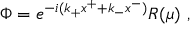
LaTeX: \Phi = e ^ { - i ( k _ { + } x ^ { + } + k _ { - } x ^ { - } ) } R ( \mu ) \ ,